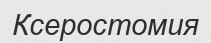
Ксеростомия